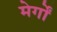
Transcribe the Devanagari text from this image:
मेर्गों